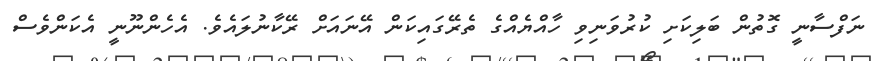
ނަފްސާނީ ގޮތުން ބަލިކަށި ކުރުވަނިވި ހާއްޔެއްގެ ތެރޭގައިކަން އޭނައަށް ރޭކާނުލައެވެ. އެހެންނޫނީ އެކަންވެސް